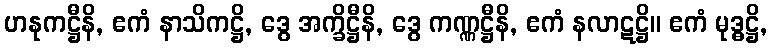
ဟနုကဋ္ဌီနိ, ဧကံ နာသိကဋ္ဌိ, ဒွေ အက္ခိဋ္ဌီနိ, ဒွေ ကဏ္ဏဋ္ဌီနိ, ဧကံ နလာဋဋ္ဌိ။ ဧကံ မုဒ္ဓဋ္ဌိ,